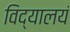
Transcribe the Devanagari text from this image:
विद्यालयं